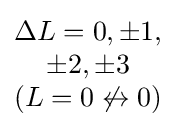
{\begin{matrix}\Delta L=0,\pm 1,\\\pm 2,\pm 3\\(L=0\not \leftrightarrow 0)\end{matrix}}